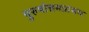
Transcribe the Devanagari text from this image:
पुरुषोत्तमप्रासाद